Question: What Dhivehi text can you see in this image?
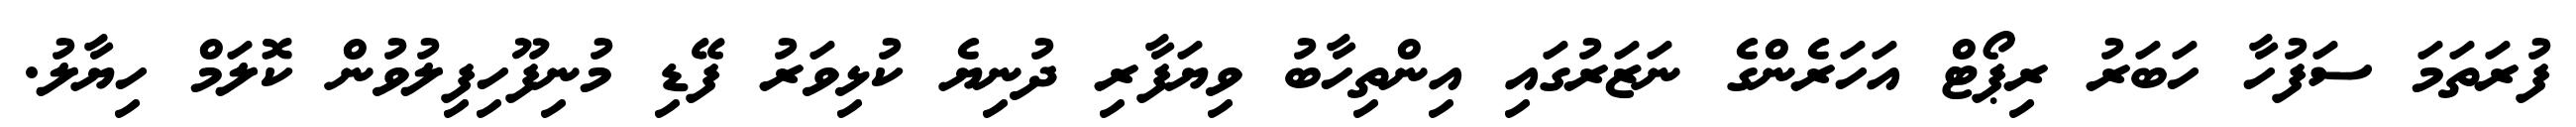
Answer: ފުރަތަމަ ސަފުހާ ހަބަރު ރިޕޯޓް އަހަރެންގެ ނަޒަރުގައި އިންތިހާބު ވިޔަފާރި ދުނިޔެ ކުޅިވަރު ފޭޑި މުނިފޫހިފިލުވުން ކޮލަމް ހިޔާލު.